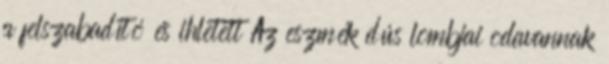
a felszabadító és ihletett Az eszmék dús lombjai odavannak